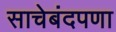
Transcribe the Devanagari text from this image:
साचेबंदपणा